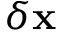
\delta { \bf x }